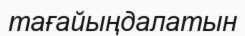
тағайыңдалатын